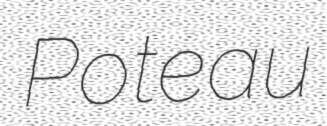
Poteau